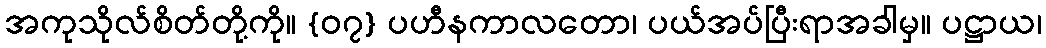
အကုသိုလ်စိတ်တို့ကို။ {၀၇} ပဟီနကာလတော၊ ပယ်အပ်ပြီးရာအခါမှ။ ပဋ္ဌာယ၊